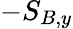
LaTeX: -S_{B,y}